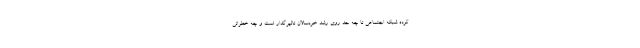
کرده شبکه اجتماعی تا چه حد روی رشد خردسالان تاثیرگذار است و چه خطراتی